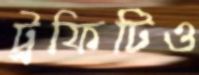
ট্রফিটিও